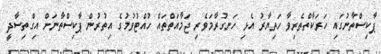
ޕާކިސްތާނުގައި ހަރަކާތްތެރިވާ ހަތިޔާރު އެޅި ހަނގުރާމަވެރި ޖަމާއަތްތައް ހުއްޓުވުމުގެ އިތުރުން ޕާކިސްތާނަށް އިގްތިސާދީ